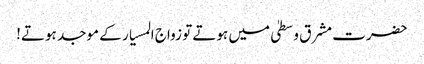
حضرت مشرق وسطیٰ میں ہوتے تو زواج المسیار کے موجد ہوتے!